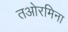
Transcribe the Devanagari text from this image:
तओरमिना